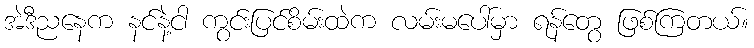
အဲဒီညနေက နင်နဲ့ငါ ကွင်းပြင်စိမ်းထဲက လမ်းမပေါ်မှာ ရန်တွေ ဖြစ်ကြတယ်။